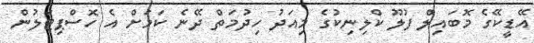
އޭޑީކޭގެ މޮބައިލް ފުލޫ ކްލިނިކުގެ މިއަދު ހިދުމަތް ދޭނެ ކަމަށް އެ ހޮސްޕިޓަލުން